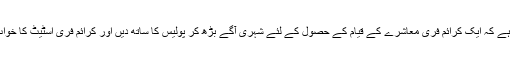
ضرورت اس امر کی ہے کہ ایک کرائم فری معاشرے کے قیام کے حصول کے لئے شہری آگے بڑھ کر پولیس کا ساتھ دیں اور کرائم فری اسٹیٹ کا خواب شرمندہ تعبیر کریں۔